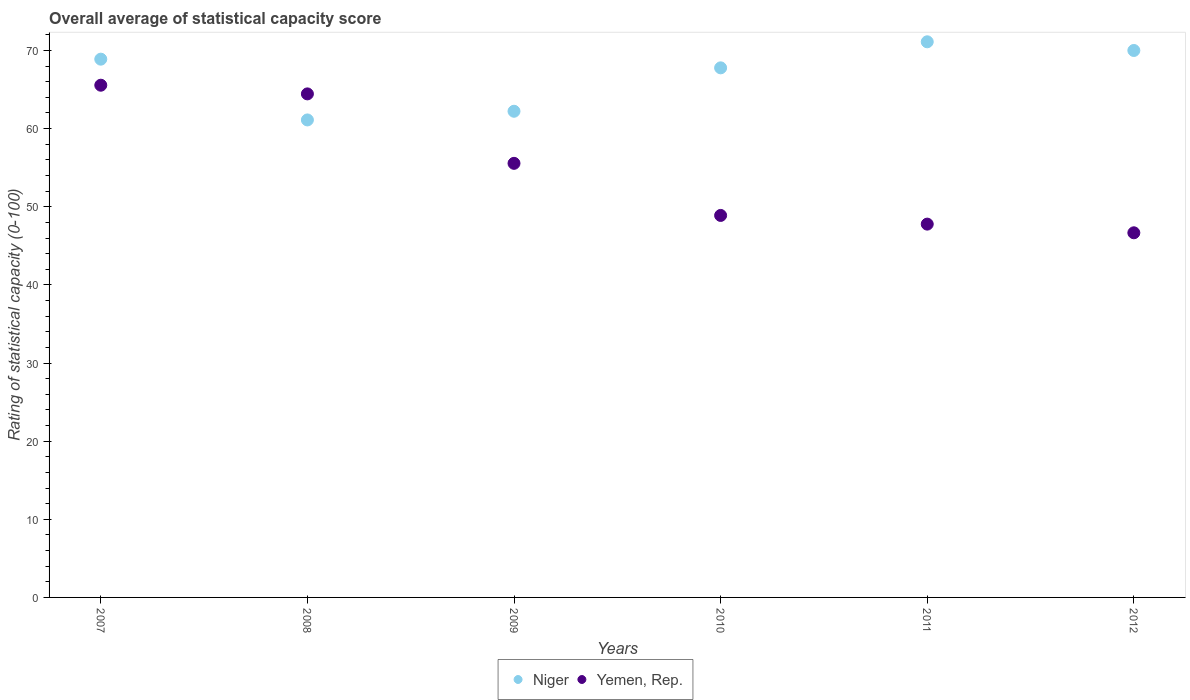
| Years | Niger | Yemen, Rep. |
 | --- | --- | --- |
 | 2007 | 68.9 | 65.6 |
 | 2008 | 61.1 | 64.4 |
 | 2009 | 62.2 | 55.6 |
 | 2010 | 67.8 | 48.9 |
 | 2011 | 71.1 | 47.8 |
 | 2012 | 70 | 46.7 |